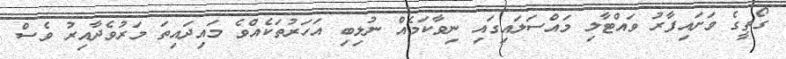
ގޯތީގެ ވަށައިފާރު ވައްޓާލި މައްސަލައިގައި ނިވާކަމެއް ނުލިބި އަހަރުތަކެއްވެ މައިދައިތަ މަރުވެދާއިރު ވެސް